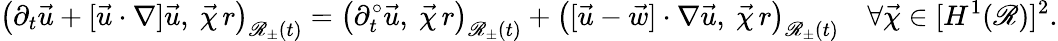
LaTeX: \bigl(\partial_{t}\vec{u}+[\vec{u}\cdot\nabla]\vec{u},~\vec{\chi}\, r\bigr)_{\mathscr{R}_{\pm}(t)}=\bigl(\partial_{t}^{\circ}\vec{u},~\vec{\chi}\, r\bigr)_{\mathscr{R}_{\pm}(t)}+\bigl([\vec{u}-\vec{w}]\cdot\nabla\vec{u},~\vec{\chi}\, r\bigr)_{\mathscr{R}_{\pm}(t)}\quad\forall\vec{\chi}\in[H^{1}(\mathscr{R})]^{2}.